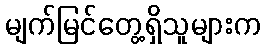
မျက်မြင်တွေ့ရှိသူများက